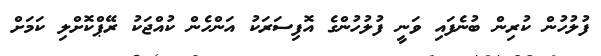
ފުލުހުން ކުރިން ބުނެފައި ވަނީ ފުލުހުންގެ އޮފިސަރަކު އަންހެން ކުއްޖަކު ރޭޕްކޮށްލި ކަމަށް